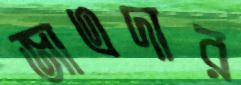
জাএদার